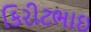
કિરીટભાઇ